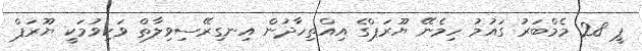
ޕީ 28 މެމްބަރު ގައުމު ހިމެނޭ ޔޫރަޕްގެ އިއްތިހާދުން އިނގިރޭސިވިލާތް ވަކިވުމަކީ ޔޫރަޕް